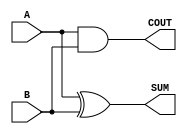
module Parameterized_Half_Adder #(
    parameter WIDTH = 1
)(
    input  [WIDTH-1:0] A,     // First operand
    input  [WIDTH-1:0] B,     // Second operand
    output [WIDTH-1:0] SUM,    // Sum output
    output COUT                // Carry-out output
);

// Generate SUM and COUT
assign SUM = A ^ B;          // Bitwise XOR for SUM
assign COUT = (A & B) != 0;  // Carry-out if any bit position has a carry

endmodule